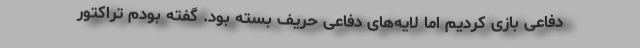
دفاعی بازی کردیم اما لایه‌های دفاعی حریف بسته بود. گفته بودم تراکتور